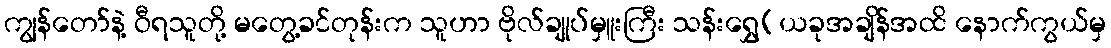
ကျွန်တော်နဲ့ ဝီရသူတို့ မတွေ့ခင်တုန်းက သူဟာ ဗိုလ်ချုပ်မှူးကြီး သန်းရွှေ(ယခုအချိန်အထိ နောက်ကွယ်မှ